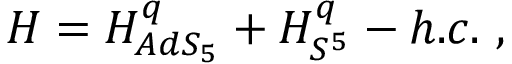
{ \cal H } = { \cal H } _ { A d S _ { 5 } } ^ { q } + { \cal H } _ { S ^ { 5 } } ^ { q } - h . c . \ ,